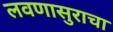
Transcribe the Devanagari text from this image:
लवणासुराचा